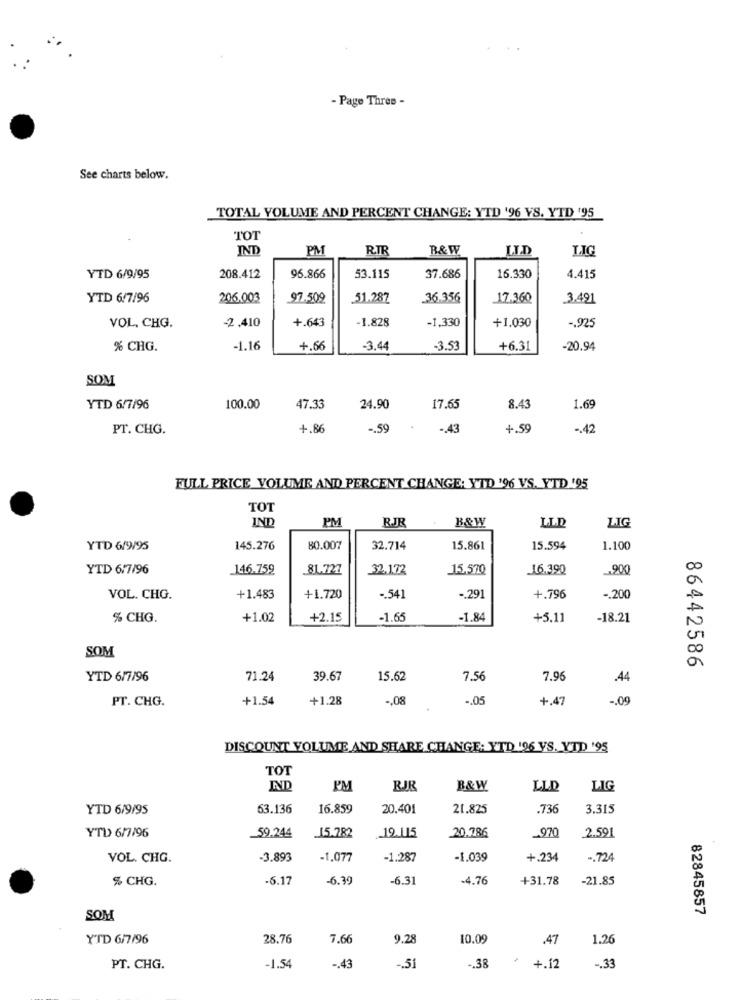
- Page Thres -
See charts below.
TOTAL VOLUME AND PERCENT CHANGE: YTD '96 YS. YTD '95
TOT
IND
PM
RIR
B&W
I.T.D
LIG
YTD 6/9/95
208.412
96.866
53.115
37.686
16.330
4.415
YTD 6/7/96
206.003
97.509
51.287
36.356
17.360
3.491
-2 .410
+.643
-1.828
-1,330
+1.030
VOL, CHG.
-. 925
% CHG.
-1.16
+.66
-3.44
-3.53
+6.31
-20.94
SOM
YTD 6/7/96
100.00
47.33
24.90
17.65
8.43
1.69
PT. CHG.
4.86
-. 59
-. 43
+.59
-. 42
FULL PRICE VOLUME AND PERCENT CHANGE: YID '96 VS. YTD '25
TOT
IND
PM
B&W
RJR
LLD
LIG
YTD 6/9/95
145.276
80.007
32.714
15.861
15.594
1.100
YTD 6/7/96
146.759
81.727
32.1.72
15,570
16.390
900
VOL. CHG.
+1.483
+1.720
-. 541
.. 291
+.796
-. 200
% CHG.
+1.02
+2.15
-1.65
-1.84
+5.11
-18.21
SOM
86442586
YTD 6/7/96
71.24
39.67
15.62
7.56
7.96
.44
PT. CHG.
+1.54
+1.28
-. 08
-. 05
+.47
-. 09
DISCOUNT VOLUME AND SHARE CHANGE: YTD 196 VS. YTD '95
TOT
PM
RJR
B&W
LLD
LIG
YTD 6/9/95
63.136
16.859
20.401
21.825
.736
3.315
2.591
YTD 6/7/96
59.244
15.782
.. 19.115
20,786
-970
VOL. CHG.
-3.893
-1.077
-1.287
-1.039
+.234
-. 724
% CHG.
-6.17
-6.39
-6.31
-4.76
+31.78
-21.85
82845857
SOM
YTD 6/7/96
28.76
7.66
9.28
10.09
.47
1.26
PT. CHG.
-1.54
-. 43
-. 51
.. 38
+.12
-. 33